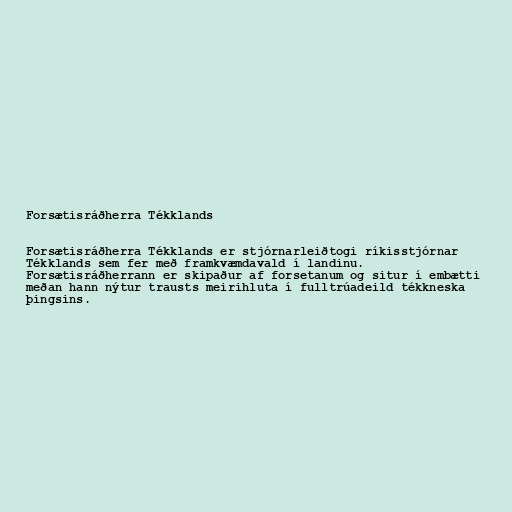
Forsætisráðherra Tékklands

Forsætisráðherra Tékklands er stjórnarleiðtogi ríkisstjórnar
Tékklands sem fer með framkvæmdavald í landinu.
Forsætisráðherrann er skipaður af forsetanum og situr í embætti
meðan hann nýtur trausts meirihluta í fulltrúadeild tékkneska
þingsins.